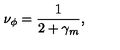
\nu _ { \phi } = \frac { 1 } { 2 + \gamma _ { m } } ,